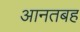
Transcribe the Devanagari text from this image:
आनतबह